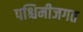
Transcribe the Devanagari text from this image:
पश्चिमीजगत